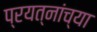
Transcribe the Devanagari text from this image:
प्रयत्नांच्या